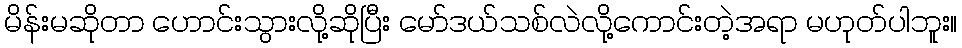
မိန်းမဆိုတာ ဟောင်းသွားလို့ဆိုပြီး မော်ဒယ်သစ်လဲလို့ကောင်းတဲ့အရာ မဟုတ်ပါဘူး။